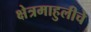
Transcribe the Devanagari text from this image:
क्षेत्रमाहुलीचे